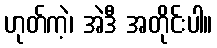
ဟုတ်ကဲ့၊ အဲဒီ အတိုင်းပါ။